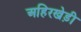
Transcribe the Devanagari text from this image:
अहिरखेड़ी